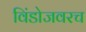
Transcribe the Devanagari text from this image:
विंडोजवरच